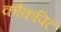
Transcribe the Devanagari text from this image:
कौकपिट